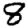
Digit: 8